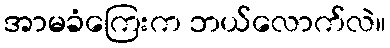
အာမခံကြေးက ဘယ်လောက်လဲ။